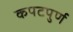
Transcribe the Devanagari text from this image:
कपटपुर्ण